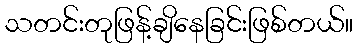
သတင်းတုဖြန့်ချိနေခြင်းဖြစ်တယ်။